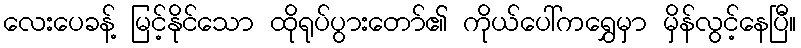
လေးပေခန့် မြင့်နိုင်သော ထိုရုပ်ပွားတော်၏ ကိုယ်ပေါ်ကရွှေမှာ မှိန်လွင့်နေပြီ။